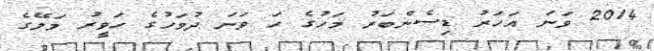
2014 ވަނަ އަހަރު ޑިސެންބަރު މަހުގެ ހަ ވަނަ ދުވަހުގެ ހަވީރު މަލޭގެ